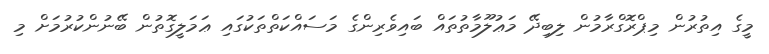
މީގެ އިތުރުން މިޕްރޮގްރާމުން ލިބިދޭ މަޢުލޫމާތުތައް ބައިވެރިންގެ މަސައްކަތްތަކުގައި ޢަމަލީގޮތުން ބޭނުންކުރުމަށް މި